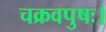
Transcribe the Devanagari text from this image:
चक्रवपुषः।